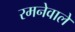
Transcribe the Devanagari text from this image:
रमनेवाले